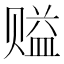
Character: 𰷪